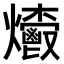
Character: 𤓄